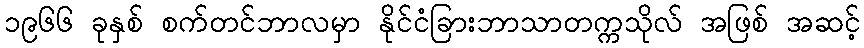
၁၉၆၆ ခုနှစ် စက်တင်ဘာလမှာ နိုင်ငံခြားဘာသာတက္ကသိုလ် အဖြစ် အဆင့်